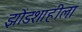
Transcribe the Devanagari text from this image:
झोंडशाहीला